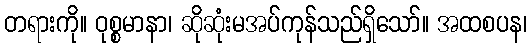
တရားကို။ ဝုစ္စမာနာ၊ ဆိုဆုံးမအပ်ကုန်သည်ရှိသော်။ အထစပန၊